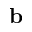
\mathbf { b }